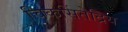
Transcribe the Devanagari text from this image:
चिकसिंतेद्रिय